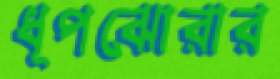
ধূপঝোরার